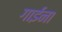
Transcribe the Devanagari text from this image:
गाईंना